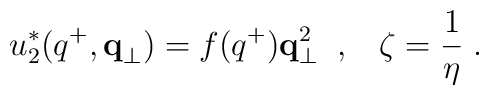
u_2^*(q^+,{\bf q}_\perp)=f(q^+) {\bf q}_\perp^2 \;\;,\;\;\;\zeta={1 \over \eta} \;.